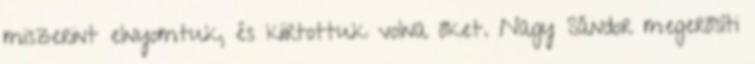
miszerint elnyomtuk, és kiirtottuk volna őket. Nagy Sándor megerősíti